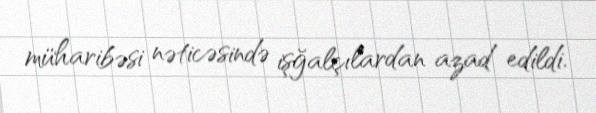
müharibəsi nəticəsində işğalçılardan azad edildi.